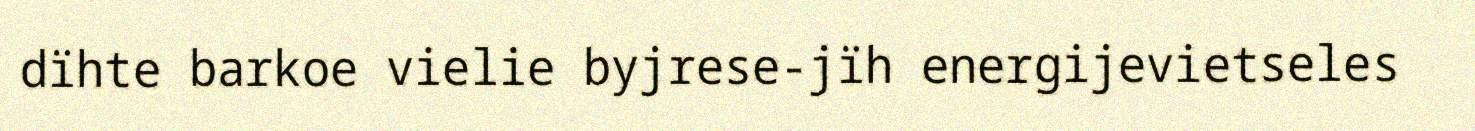
dïhte barkoe vielie byjrese-jïh energijevietseles